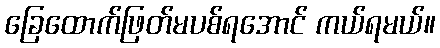
ခြေထောက်ဖြတ်မပစ်ရအောင် ကယ်ရမယ်။